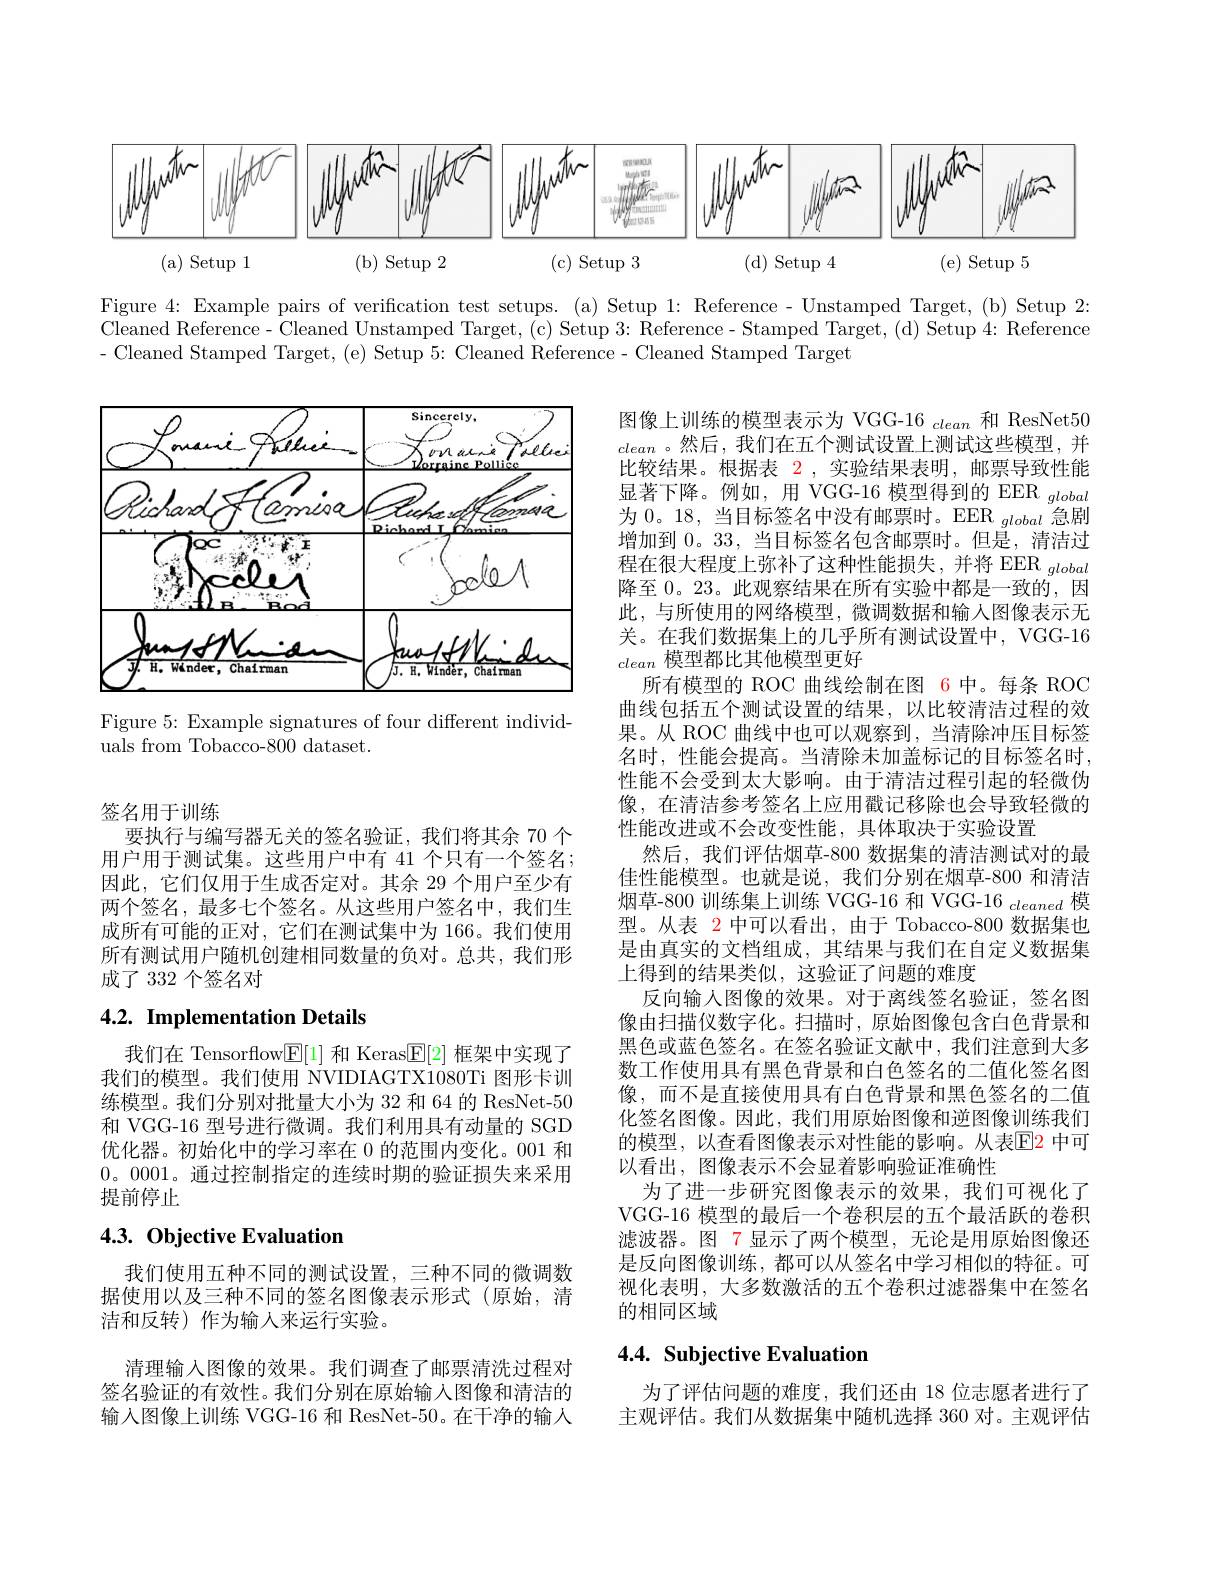
<FigureHere>

Figure 4: Example pairs of verification test setups. (a) Setup 1: Reference - Unstamped Target, (b) Setup 2: Cleaned Reference- Cleaned Unstamped Target, (c) Setup 3: Reference- Stamped Target, (d) Setup 4: Reference - Cleaned Stamped Target, (e) Setup 5: Cleaned Reference- Cleaned Stamped Target

<FigureHere>

Figure 5: Example signatures of four different individ-
uals from Tobacco-800 dataset.

图像上训练的模型表示为 VGG-16 clean 和 ResNet50 clean 。然后，我们在五个测试设置上测试这些模型，并比较结果。根据表$\color{red}2$,实验结果表明，邮票导致性能显著下降。例如，用 VGG-16 模型得到的 EER $_{global}$ 为 0。18, 当目标签名中没有邮票时。EER $_{global}$急剧增加到0。33,当目标签名包含邮票时。但是，清洁过程在很大程度上弥补了这种性能损失，并将 EER $_{global}$ 降至 0。23。此观察结果在所有实验中都是一致的，因此，与所使用的网络模型，微调数据和输入图像表示无关。在我们数据集上的几乎所有测试设置中，VGG-16 clean模型都比其他模型更好
所有模型的 ROC 曲线绘制在图 6 中。每条 ROC 曲线包括五个测试设置的结果，以比较清洁过程的效果。从 ROC 曲线中也可以观察到，当清除冲压目标签名时，性能会提高。当清除未加盖标记的目标签名时， 性能不会受到太大影响。由于清洁过程引起的轻微伪像，在清洁参考签名上应用戳记移除也会导致轻微的性能改进或不会改变性能，具体取决于实验设置
然后，我们评估烟草-800 数据集的清洁测试对的最佳性能模型。也就是说，我们分别在烟草-800 和清洁烟草-800 训练集上训练 VGG-16 和 VGG-16 cleaned 模型。从表 2 中可以看出，由于 Tobacco-800 数据集也是由真实的文档组成，其结果与我们在自定义数据集上得到的结果类似，这验证了问题的难度
反向输入图像的效果。对于离线签名验证，签名图像由扫描仪数字化。扫描时，原始图像包含白色背景和黑色或蓝色签名。在签名验证文献中，我们注意到大多数工作使用具有黑色背景和白色签名的二值化签名图像，而不是直接使用具有白色背景和黑色签名的二值化签名图像。因此，我们用原始图像和逆图像训练我们的模型，以查看图像表示对性能的影响。从表$\overline{\mathrm{E}}$2 中可以看出，图像表示不会显着影响验证准确性
为了进一步研究图像表示的效果，我们可视化了VGG-16 模型的最后一个卷积层的五个最活跃的卷积滤波器。图 7 显示了两个模型，无论是用原始图像还是反向图像训练，都可以从签名中学习相似的特征。可视化表明，大多数激活的五个卷积过滤器集中在签名的相同区域

签名用于训练
要执行与编写器无关的签名验证，我们将其余 70 个用户用于测试集。这些用户中有 41 个只有一个签名； 因此，它们仅用于生成否定对。其余 29 个用户至少有两个签名，最多七个签名。从这些用户签名中，我们生成所有可能的正对，它们在测试集中为 166。我们使用所有测试用户随机创建相同数量的负对。总共，我们形成了 332 个签名对

## 4.2. Implementation Details

我们在 Tensorflow$\underline{\mathbb{E}}[1]$和 Keras$\underline{\mathbb{E}}[2]$框架中实现了我们的模型。我们使用 NVIDIAGTX1080Ti 图形卡训练模型。我们分别对批量大小为 32 和 64 的 ResNet-50和 VGG-16 型号进行微调。我们利用具有动量的 SGD 优化器。初始化中的学习率在 0 的范围内变化。001 和0。0001。通过控制指定的连续时期的验证损失来采用提前停止

## 4.3. Objective Evaluation

我们使用五种不同的测试设置，三种不同的微调数据使用以及三种不同的签名图像表示形式(原始，清洁和反转)作为输入来运行实验。

## 4.4. Subjective Evaluation

清理输入图像的效果。我们调查了邮票清洗过程对签名验证的有效性。我们分别在原始输入图像和清洁的输入图像上训练 VGG-16 和 ResNet-50。在干净的输入

为了评估问题的难度，我们还由 18 位志愿者进行了主观评估。我们从数据集中随机选择 360 对。主观评估